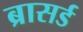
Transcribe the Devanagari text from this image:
ब्रासर्ड